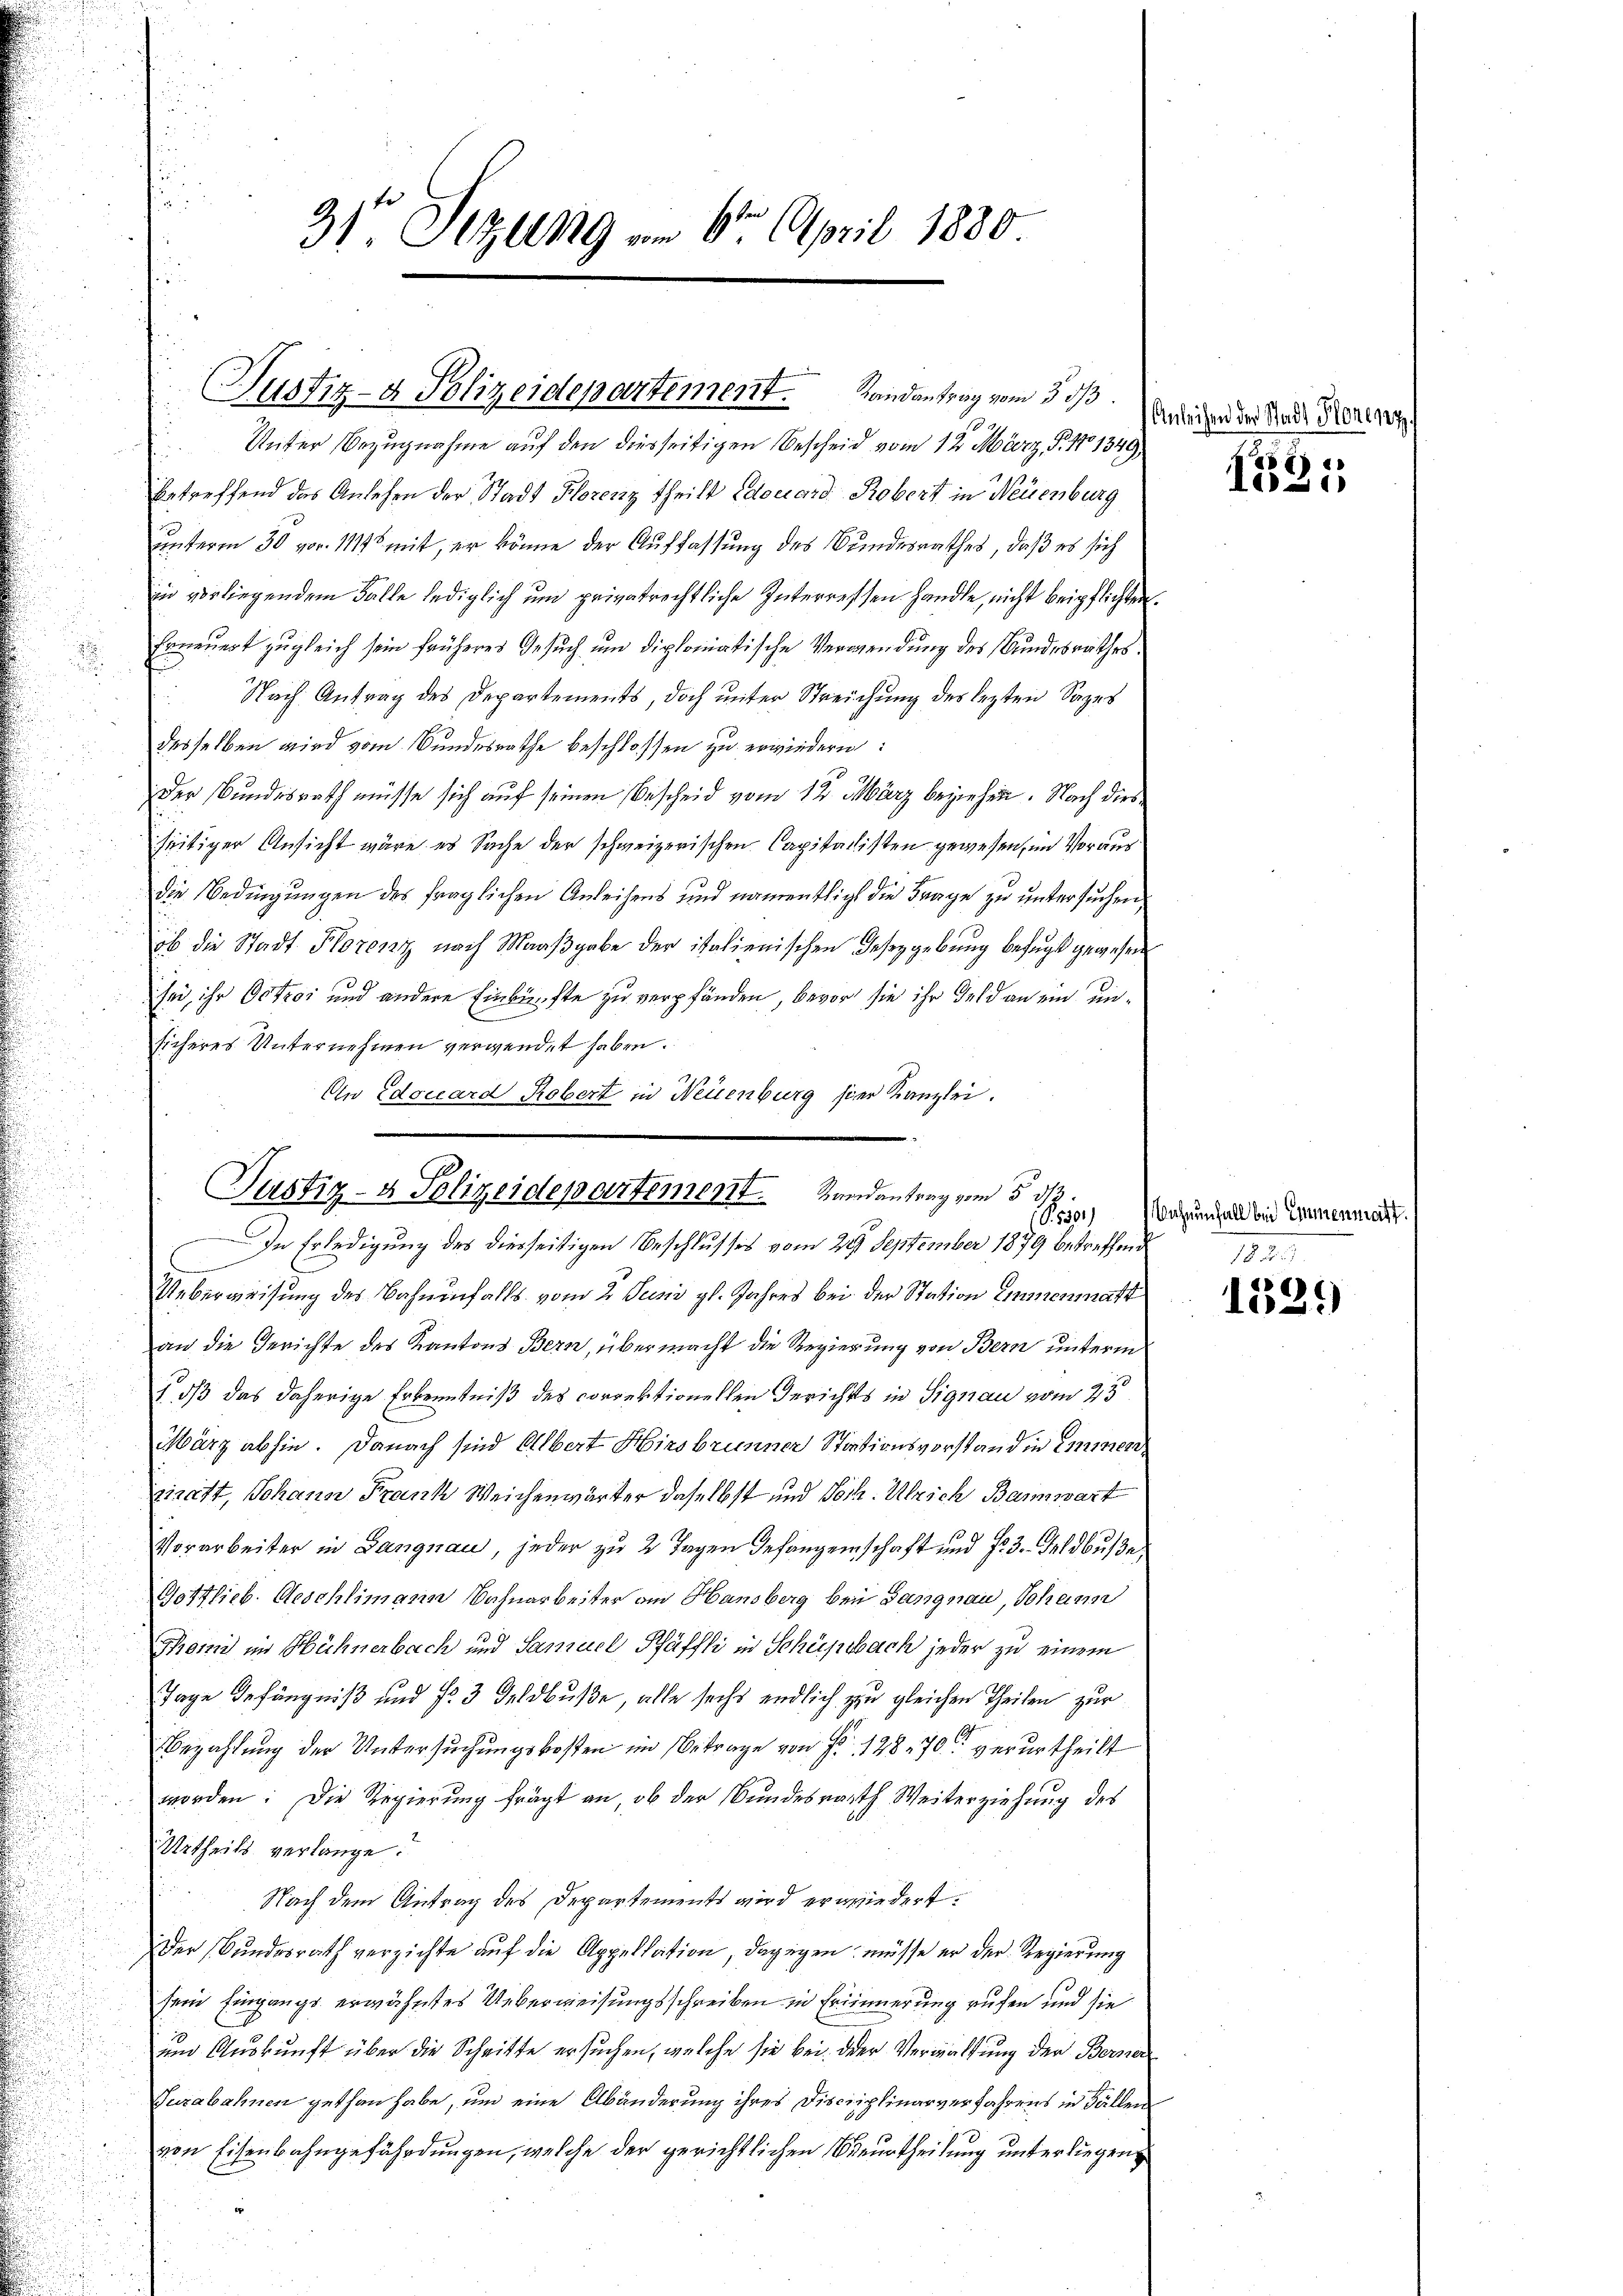
betreffend das Anlehen der Stadt Florenz theilt Edouard Robert in Neuenburg
unterm 30. vor. 1188 mit, er könne der Auffassung des Bundesrathes, daß es sich
in vorliegendem Falle lediglich um privatrechtliche Interressen handle, nicht beipflichten.
Erneuert zugleich sein früheres Gesuch um diplomatische Verwendung des Bundesrathes
Nach Antrag des Departements, doch unter Streichung des lezten Sages
desselben wird vom Bundesrathe beschlossen zu erwiedern:
Der Bundesrath müsse sich auf seinen Bescheid vom 12. März beziehen. Nach diesseitiger Ansicht wäre es Sache der schweizerischen Capitalisten gewesen, im Voraus
die Bedingungen des fraglichen Anleihens und namentlicht die Frage zu untersuchen,
ob die Stadt Florenz nach Maaßgabe der italienischen Geseygebung befugt gewesen
sei ihr Octor und andere Einkünfte zu verpfänden, bevor sie ihr Feld an ein unsicheres Unternehmen verwendet haben.
An Edouard Robert in Neuenburg hier Kanzlei.

31te Sitzung vom 6. April 1880.

Justiz- & Polizeidepartement. Landantrag vom 3. ds.
Unter Bezugnahme auf den diesseitigen Bescheid vom 12. März, P. 1701349

Justiz- & Polizeidepartement. Randantrag vom 5. d.
In Erledigung des diesseitigen Beschlusses vom 29. September 1879 betreffend

Ueberweisung des Bahnenfalls vom 2. Juni gl. Jahres bei der Station einmenmatt
an die Gerichte des Kantons Bern, übermacht die Regierung von Bern unterm
1 dß das daherige Erkenntniß des correktionellen Gerichts in Signau vom 25
März abhin. Danach sind Albert Hinsbrunner Stationsvorstand in einen
ziratt, Johann Frank Weichenwärter daselbst und Toch. Ulrich Bannwart
Vorarbeiter in Langnau, jeder zu 2 Tagen Gefangenschaft und Fr. 3. Feldbuße
Gottlieb. Geschlimann Bahnarbeiter am Hansberg bei Gangnau, Johann
Thomi in Hühnerbach und Samuel Pfäffli in Schüpbach jeder zu einem
Tage Gefängniß und 72 3 Geldbuße, alle sechs endlich zu gleichen Theilen zur
Bezahlung der Untersuchungskosten im Betrage von Fr. 12870 verurtheilt
worden: Die Regierung frägt an, ob der Bundesrath Weiterziehung des
Urtheils verlange.
Nach dem Antrag des Departements wird erwiedert.
Der Bundesrath verzichte auf die Appellation, dagegen müsse er der Regierung
sein Eingangs erwähntes Ueberweisungsschreiben in Erinnerung aufen und sie
und Auskunft über die Schritte ersuchen, welche sie bei der Verwaltung der Berner
Guzabahnen gethan habe, um eine Abänderung ihres Disciplinarverfahrens in Fällen
von Eisenbahngefährdungen, welche der gerichtlichen Verurtheilung unterliegen

Anleihen der Stadt Florenz
:

1021

15301, Bahnenfall bei Emmenmatt.

12.
1529